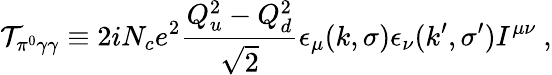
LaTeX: {\cal T}_{\pi^{0}\gamma\gamma}\equiv 2iN_{c}e^{2}\frac{Q_{u}^{2}-Q_{d}^{2}}{\sqrt{2}}\epsilon_{\mu}(k,\sigma)\epsilon_{\nu}(k^{\prime},\sigma^{\prime})I^{\mu\nu}~,